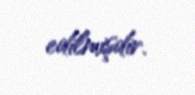
edilmişdir.